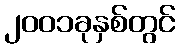
၂၀၀၁ခုနှစ်တွင်